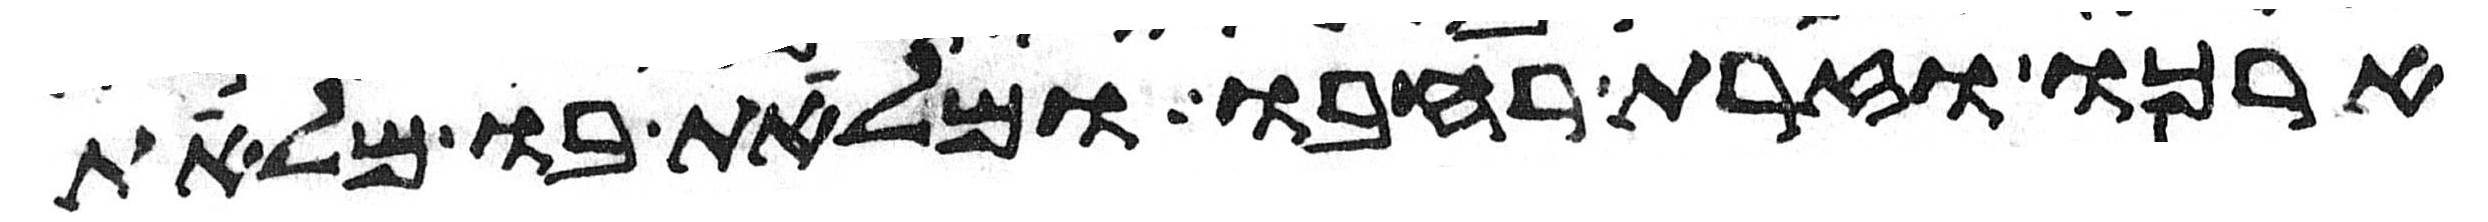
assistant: ארכו וזרת רחבו ומלאת בו מלאת